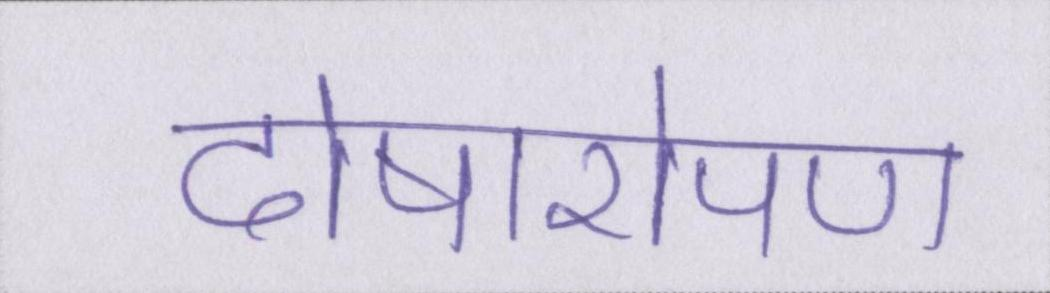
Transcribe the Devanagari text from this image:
दोषारोपण